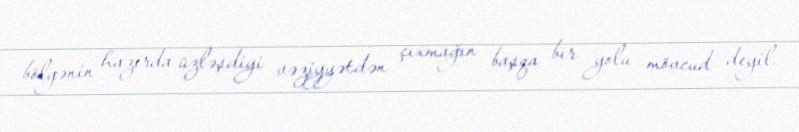
bölgənin hazırda üzləşdiyi vəziyyətdən çıxmağın başqa bir yolu mövcud deyil.